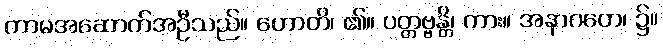
ကာမအဆောက်အဦသည်။ ဟောတိ၊ ၏။ ပတ္တဗ္ဗန္တိ၊ ကား။ အနာဂတေ၊ ၌။